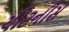
ચીટનીસ